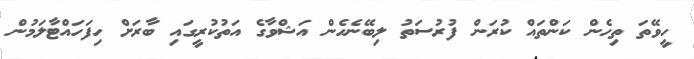
ހީވޭތަ ތިހެން ކަންތައް ކުރަން ފުރުސަތު ލިބޭނެހެން އަޝްވާގެ އަތުކުރީގައި ބާރަށް ހިފަހައްޓާލަމުން